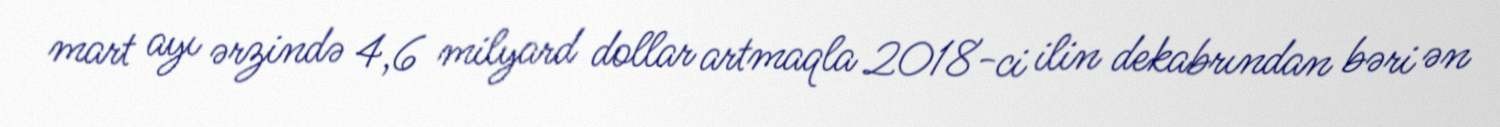
mart ayı ərzində 4,6 milyard dollar artmaqla 2018-ci ilin dekabrından bəri ən